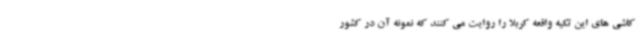
کاشی های این تکیه واقعه کربلا را روایت می کنند که نمونه آن در کشور